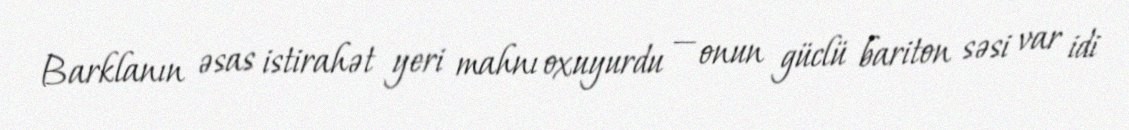
Barklanın əsas istirahət yeri mahnı oxuyurdu — onun güclü bariton səsi var idi